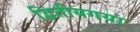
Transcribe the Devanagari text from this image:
द्वितीयगया